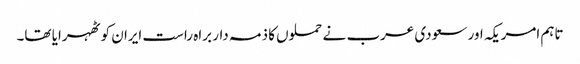
تاہم امریکہ اور سعودی عرب نے حملوں کا ذمہ دار براہ راست ایران کو ٹھہرایا تھا۔